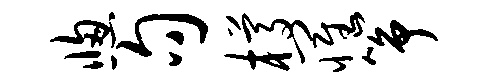
窗句樽罹筝